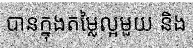
បានក្នុងតម្លៃល្អមួយ និង